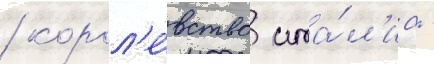
/ корол'е́вство ита́л'иа -